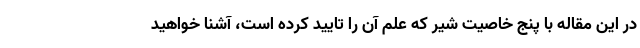
در این مقاله با پنج خاصیت شیر که علم آن را تایید کرده است، آشنا خواهید